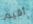
أقيم